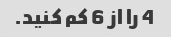
4 را از 6 کم کنید.